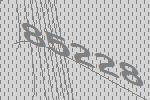
85228